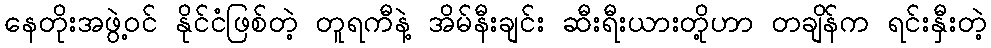
နေတိုးအဖွဲ့ဝင် နိုင်ငံဖြစ်တဲ့ တူရကီနဲ့ အိမ်နီးချင်း ဆီးရီးယားတို့ဟာ တချိန်က ရင်းနှီးတဲ့